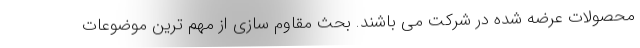
محصولات عرضه شده در شرکت می باشند. بحث مقاوم سازی از مهم ترین موضوعات